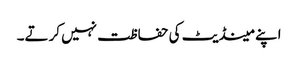
اپنے مینڈیٹ کی حفاظت نہیں کرتے۔